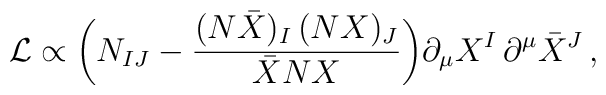
{\cal L}\propto \bigg(N_{IJ}-\frac{(N\bar X)_I\,(NX)_J}{\bar XN X}\bigg) \partial_\mu X^I\,\partial^\mu \bar X^J\,,